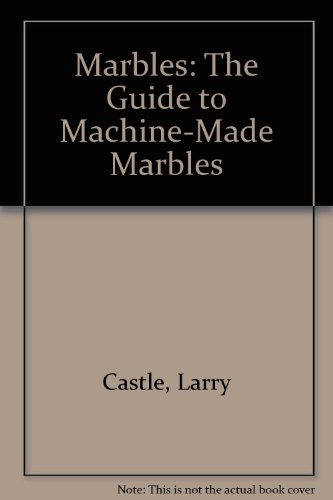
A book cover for Marbles: The Guide to Machine-Made Marbles; Larry Castle; Crafts, Hobbies & Home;